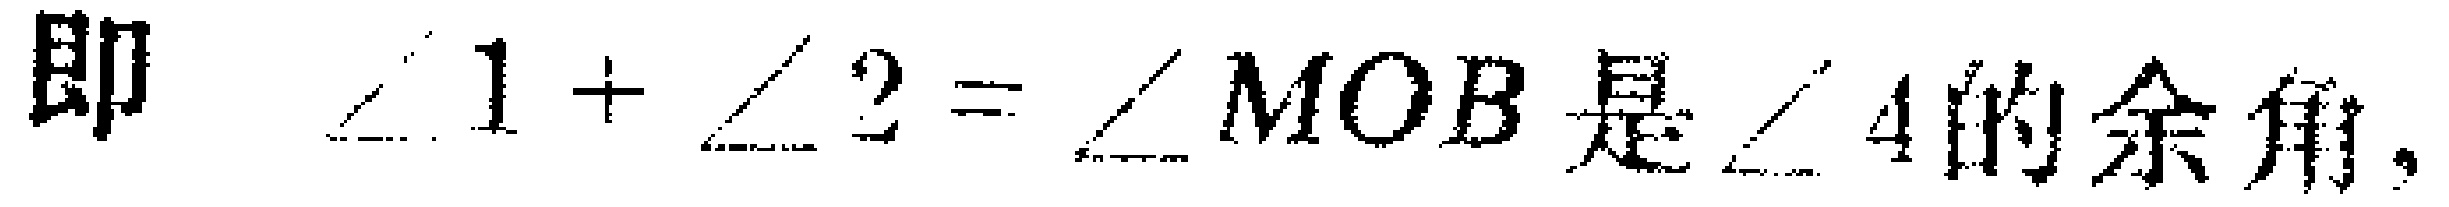
即 $\angle 1+\angle 2=\angle MOB$ 是 $\angle 4$的余角,